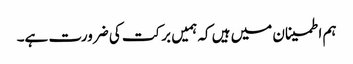
ہم اطمینان میں ہیں کہ ہمیں برکت کی ضرورت ہے۔